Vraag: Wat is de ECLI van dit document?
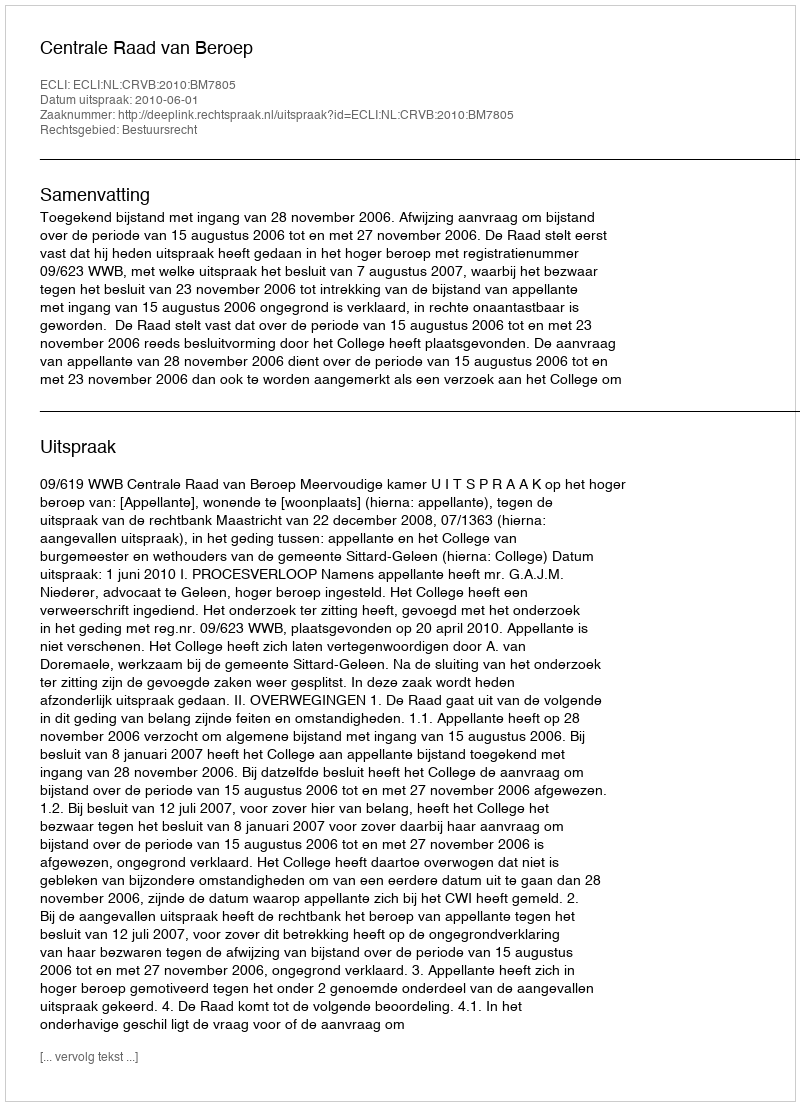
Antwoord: ECLI:NL:CRVB:2010:BM7805